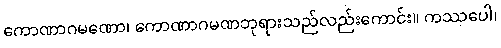
ကောဏာဂမဏော၊ ကောဏာဂမဏဘုရားသည်လည်းကောင်း။ ကဿပေါ၊